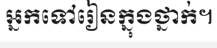
អ្នកទៅរៀនក្នុងថ្នាក់។